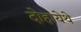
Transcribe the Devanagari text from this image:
दोहायेथे